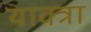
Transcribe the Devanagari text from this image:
याक्त्रा